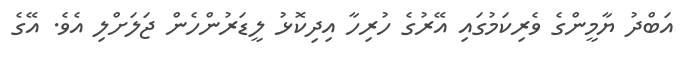
އަބްދު ޔާމީންގެ ވެރިކަމުގައި އޭރުގެ ހުރިހާ އިިދިކޮޅު ލީޑަރުންހެން ޖަލަށްލި އެވެ. އޭގެ